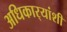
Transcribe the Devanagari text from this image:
अधिकार्‍यांशी